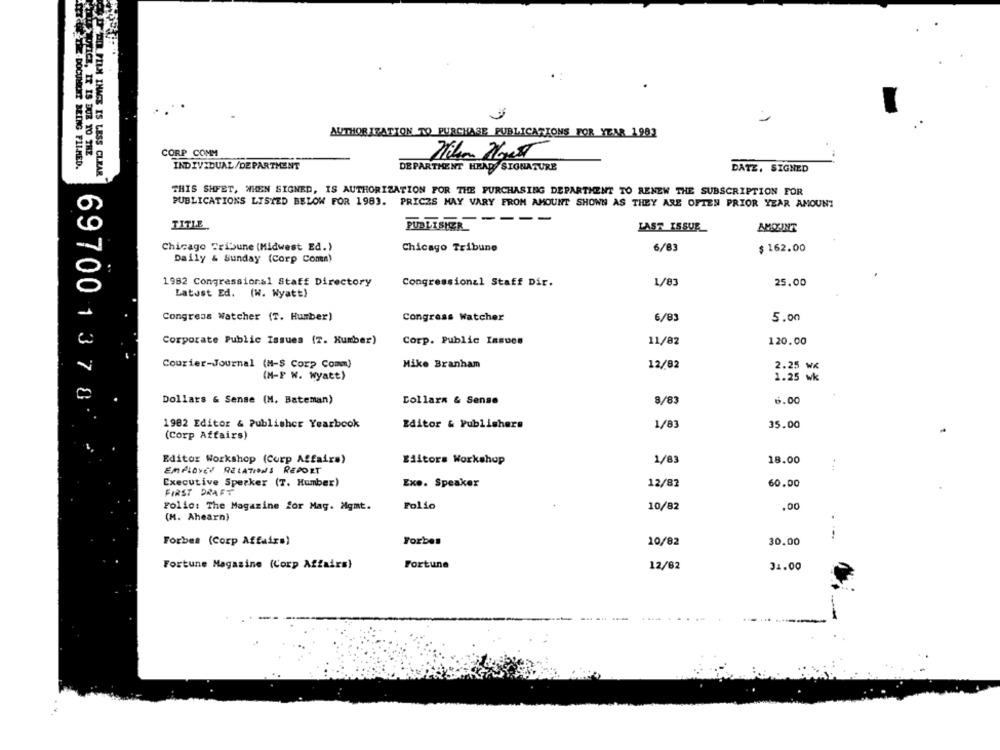
AUTHORIZATION TO PURCHASE PUBLICATIONS FOR YEAR 1982
POLICE, IT IS DUE TO THE
CORP COMM
-THE-DOCUMENT BEING FILMED.
INDIVIDUAL/DEPARTMENT
DEPARTMENT HEAD SIGNATURE
DATE, SIGNED
D'PI PIN INAGE IS LESS CLEAR
THIS SHFET, WHEN SIGNED, IS AUTHORIZATION FOR THE PURCHASING DEPARTMENT TO RENEW THE SUBSCRIPTION FOR
PUBLICATIONS LISTED BELOW FOR 1983. PRICES MAY VARY FROM AMOUNT SHOWN AS THEY ARE OFTEN PRIOR YEAR AMOUNT
----
TITLE
PUBLISHER
LAST ISSUE
AMOINT
Chicago Tribune (Midwest Ed.)
Chicago Tribune
6/83
$ 162.00
Daily & Sunday (Corp Coma)
1982 Congressional Staff Directory
Congressional Staff Dir.
1/8
25.00
Latest Ed. (W. Wyatt)
Congress Watcher (T. Humber)
Congress Watcher
6/83
5.00
Corporate Public Issues (7. Humber)
Corp. Public Issues
11/82
120.00
Courier-Journal (N-$ Corp Comm)
Mike Branham
12/82
(M-F W. Wyatt)
1.25
2.25 WK
Dollars & Sense (M. Bateman)
Dollarn & Sense
8/83
6.00
69700137 8.
1982 Editor & Publisher Yearbook
Editor & Publishers
1/83
35.00
(Corp Affairs)
Editor Workshop (Corp Affairs)
Editors Workshop
1/83
18.00
EMPLOYEE RELATIONS REPORT
Executive Sperker (T. Humber)
Exo. Speaker
12/87
60.00
FIRST DRAFT
Folio: The Magazine for Mag. Mgmt.
Folio
10/82
.00
(M. Ahearn)
Forbes (Corp Affairs)
Forbes
30.00
10/82
Fortune Magazine (Corp Affairs)
Fortune
12/82
31.00